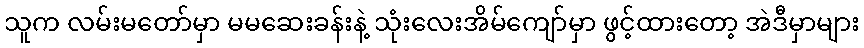
သူက လမ်းမတော်မှာ မမဆေးခန်းနဲ့ သုံးလေးအိမ်ကျော်မှာ ဖွင့်ထားတော့ အဲဒီမှာများ